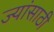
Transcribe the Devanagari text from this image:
ज्यांसाठी